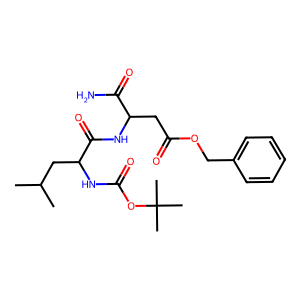
SMILES: CC(C)CC(NC(=O)OC(C)(C)C)C(=O)NC(CC(=O)OCc1ccccc1)C(N)=O
Inhibits HIV replication: No